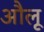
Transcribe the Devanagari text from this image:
औलू